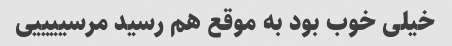
خیلی خوب بود به موقع هم رسید مرسییییی